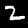
Label: 2